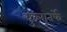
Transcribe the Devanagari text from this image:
कुलातर्फे